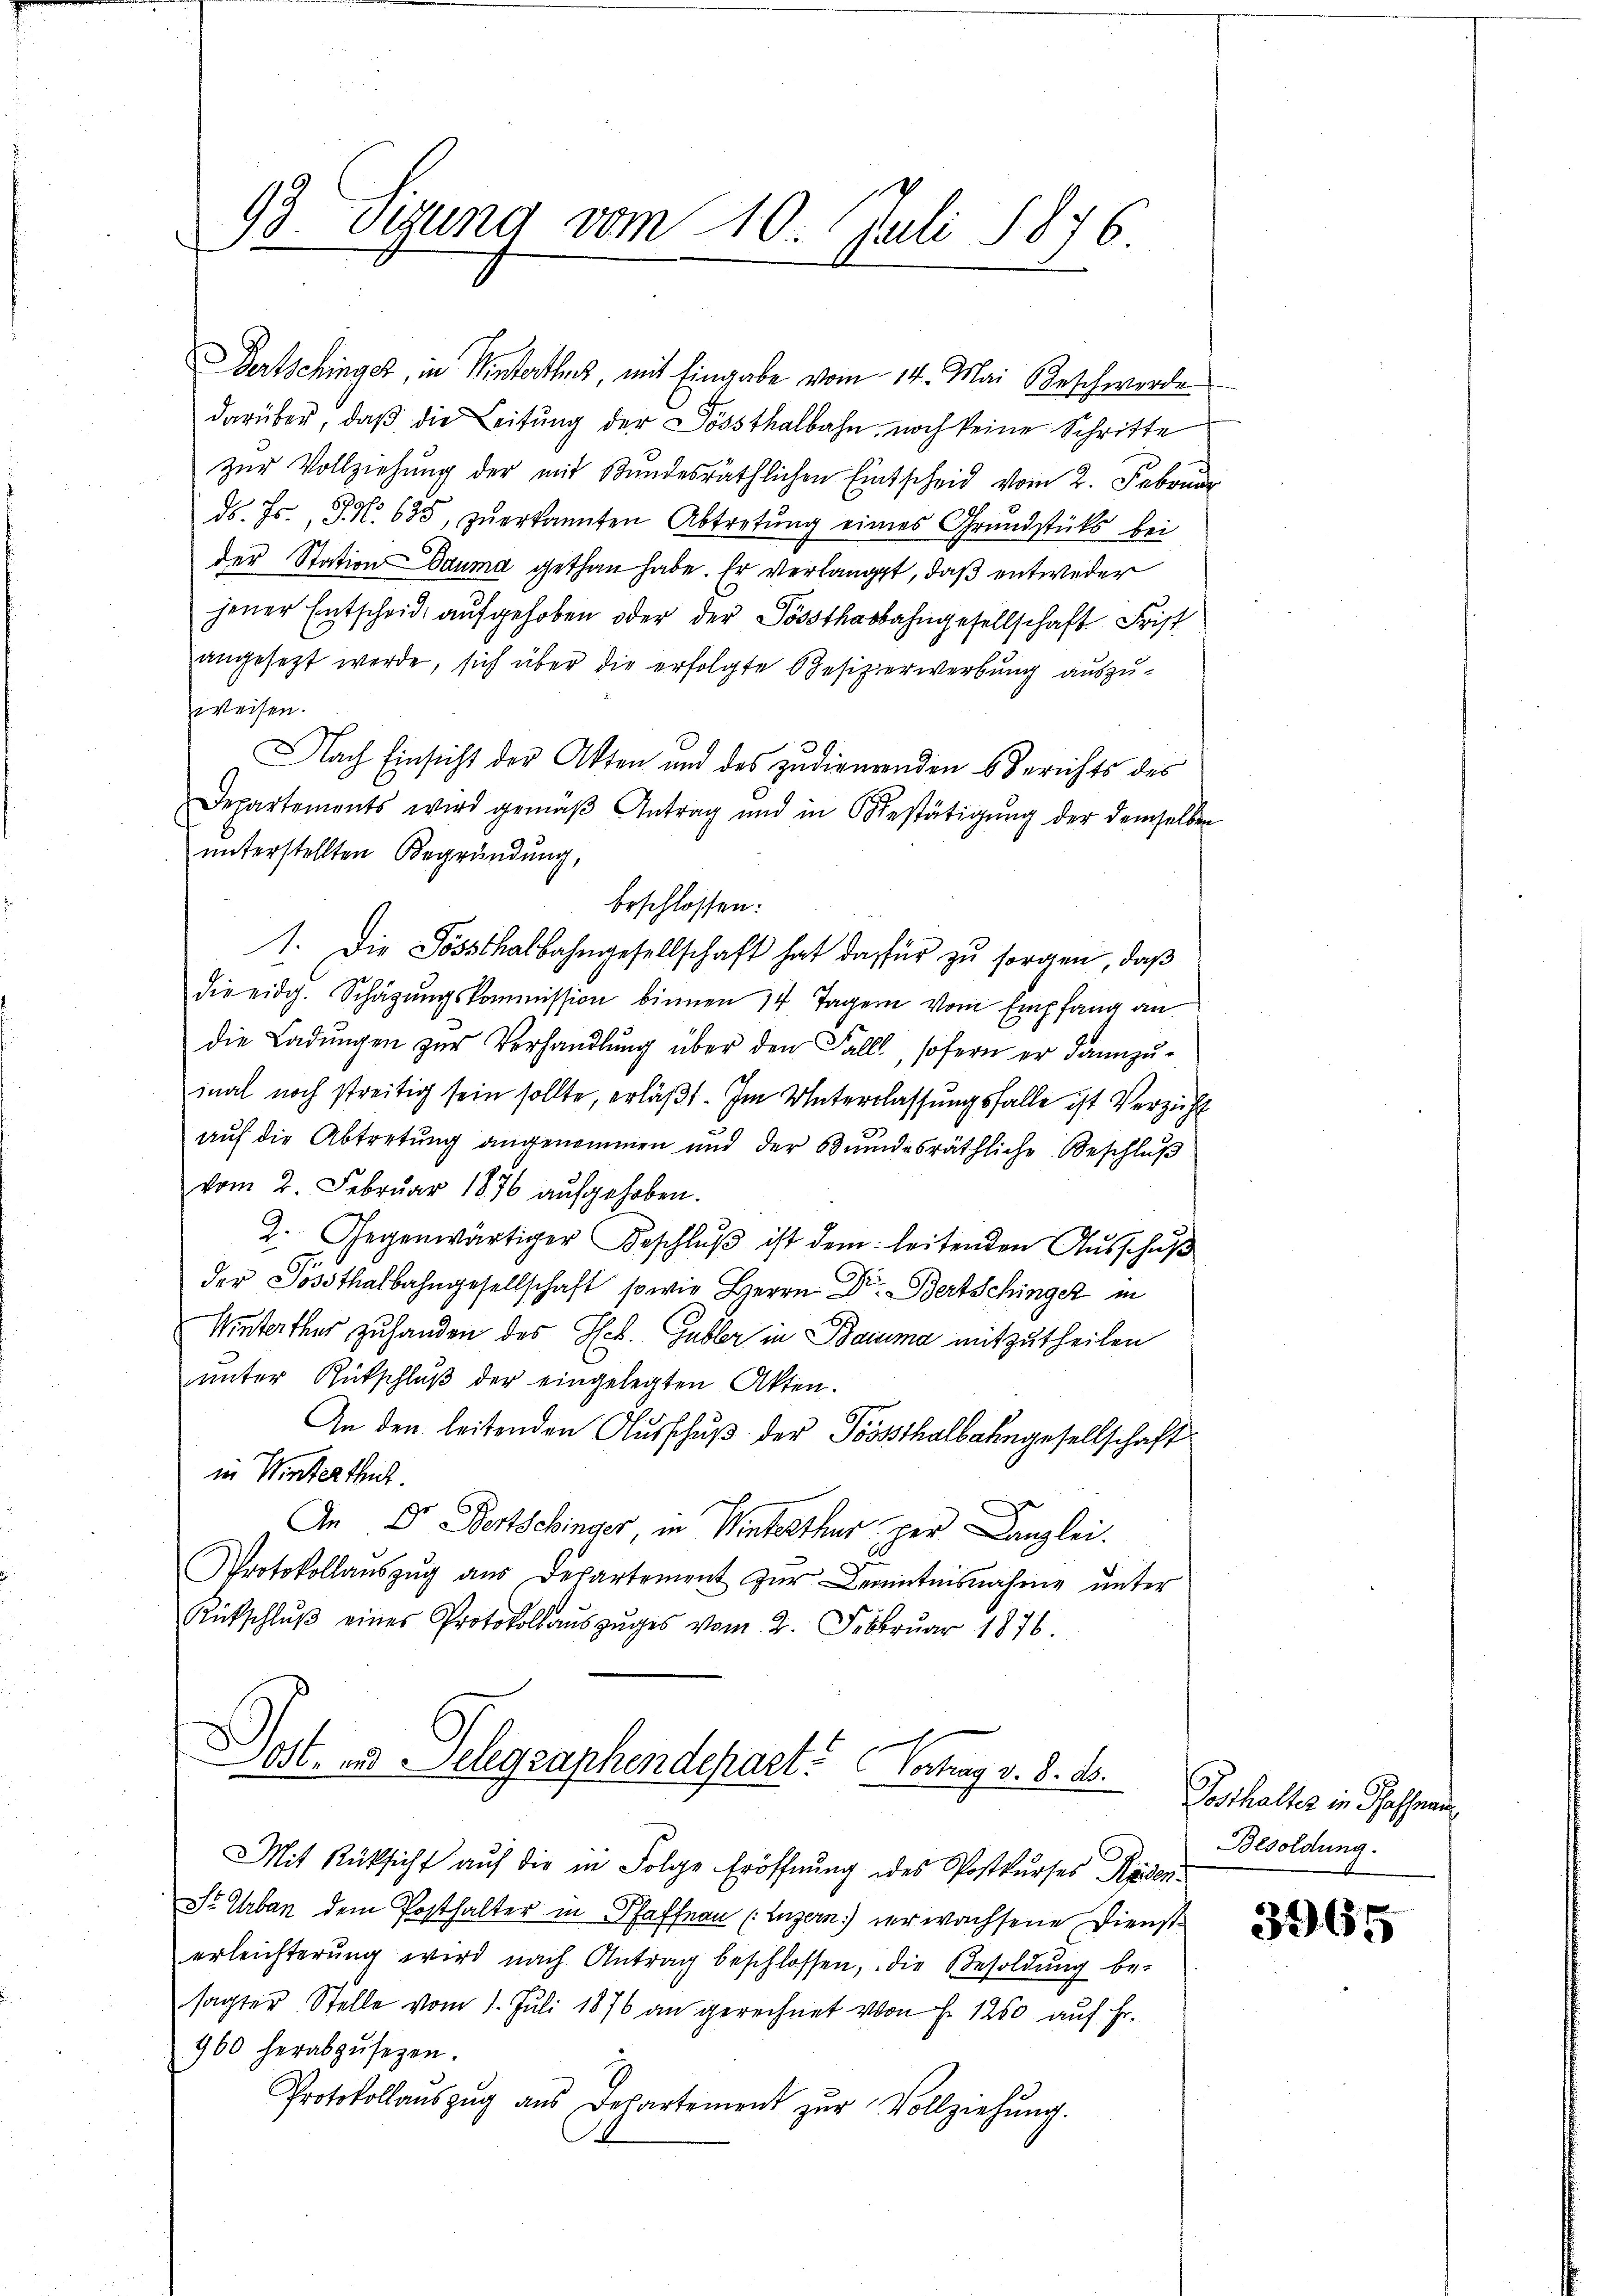
43 eigung vom 10. Juli 1876
1

Bertschinger, in Winterthe, mit Eingabe vom 14. Mai Beschwerde
darüber, daß die Leitung der Dössthalbahn, noch keine Schritte
zur Vollziehung der mit Stundesräthlichen Entscheid vom 2. Februar
ds. Js., S. 635, zŭerkannten Abtretŭng eines Grundstücks bei
der Station Bauma gethan habe. Er verlangt, daß entweder
jener Entscheid aufgehoben oder der Sössthalbahngesellschaft Frist
angesezt werde, sich über die erfolgte Besizerwerbung auszuweisen.
Nach Einsicht der Akten und des zudienenden Berichts des
Departements wird gemäβ Antrag und in Gestätigŭng der demselben
unterstellten Begründung,
beschlossen:
1. Die Sössthalbahngesellschaft hat dafür zu sorgen, daß
die eidg. Schäzŭngskommission binnen 14 Tagern vom Empfang an.
die Ladungen zur Verhandlung über den Fall, sofern er dannzumal noch streitig sein sollte, erläßt. Im Unterlassungsfalle ist Verzicht
auf die Abtretung angenommen und der Bundesräthliche Beschluß
vom 2. Februar 1876 aŭfgehoben.
2. Gegenwärtiger Geschlŭβ ist dem leitenden Ausschuß
der Posthalbahngesellschaft sowie Herrn Dr. Bertschinger in
 Winterther zu handen des Hch. Gubler in Bauma mitzutheilen
ŭnter Rückschlŭβ der eingelegten Akten.
An den leitenden Ausschuß der Posthalbahngesellschaft
in Winterthut.
An Dr. Bertschinger, in Winterthur, per Canzlei.
Protokollaŭszŭg aŭs desartement zŭr Kenntnisnahme ŭnter
Rückschlŭβ eines Protokollaŭszŭges vom 2. Febrŭar 1876.

Pott. an Telegraphendepart. Vertrag v. 8. d.

Mit Rücksicht auf die in Folge Eröffnung des Postkurses Kaisen
Str. Urban dem Posthalter in Pfaffnau (Luzern) der wachsene Diensterleichterung wird nach Antrag beschlossen, die Besoldŭng be-
sagter Stelle vom 1. Juli 1876 an gerechnet von Fr. 1250 auf Fr.
460 herabzusetzen.
Protokollauszug aus Departement zŭr Vollziehŭng.

Posthalter in Pfaffran
Besoldung.

3965